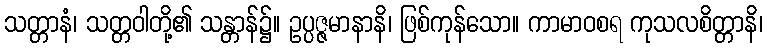
သတ္တာနံ၊ သတ္တဝါတို့၏ သန္တာန်၌။ ဥပ္ပဇ္ဇမာနာနိ၊ ဖြစ်ကုန်သော။ ကာမာဝစရ ကုသလစိတ္တာနိ၊